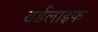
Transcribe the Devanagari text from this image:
बर्डलाइफ